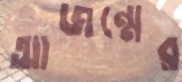
আজন্মের